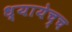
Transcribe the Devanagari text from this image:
ध्यायेच्च